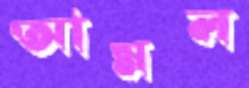
আমল